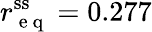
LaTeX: r_{\mathrm{~e~q~}}^{\mathrm{ss}}=0.277